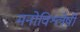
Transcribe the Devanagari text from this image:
मनोविश्लेषी